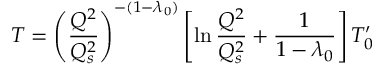
T = \left( { \frac { Q ^ { 2 } } { Q _ { s } ^ { 2 } } } \right) ^ { - ( 1 - \lambda _ { 0 } ) } \left[ \ln { \frac { Q ^ { 2 } } { Q _ { s } ^ { 2 } } } + { \frac { 1 } { 1 - \lambda _ { 0 } } } \right] T _ { 0 } ^ { \prime }